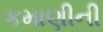
કમાણીની